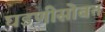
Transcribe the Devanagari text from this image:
घडणीसोबत